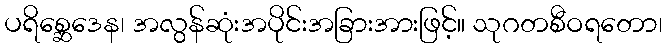
ပရိစ္ဆေဒေန၊ အလွန်ဆုံးအပိုင်းအခြားအားဖြင့်။ သုဂတစီဝရတော၊